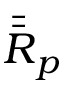
\bar { \bar { \boldsymbol { R } } } _ { p }